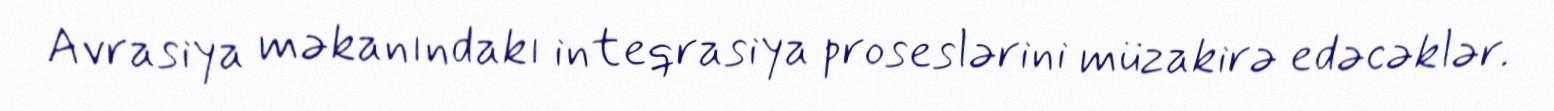
Avrasiya məkanındakı inteqrasiya proseslərini müzakirə edəcəklər.